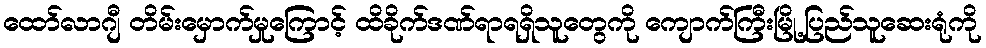
ထော်လာဂျီ တိမ်းမှောက်မှုကြောင့် ထိခိုက်ဒဏ်ရာရရှိသူတွေကို ကျောက်ကြီးမြို့ပြည်သူဆေးရုံကို